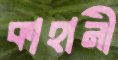
কাহানী